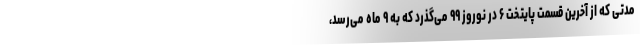
مدتی که از آخرین قسمت پایتخت ۶ در نوروز ۹۹ می‌گذرد که به ۹ ماه می‌رسد،